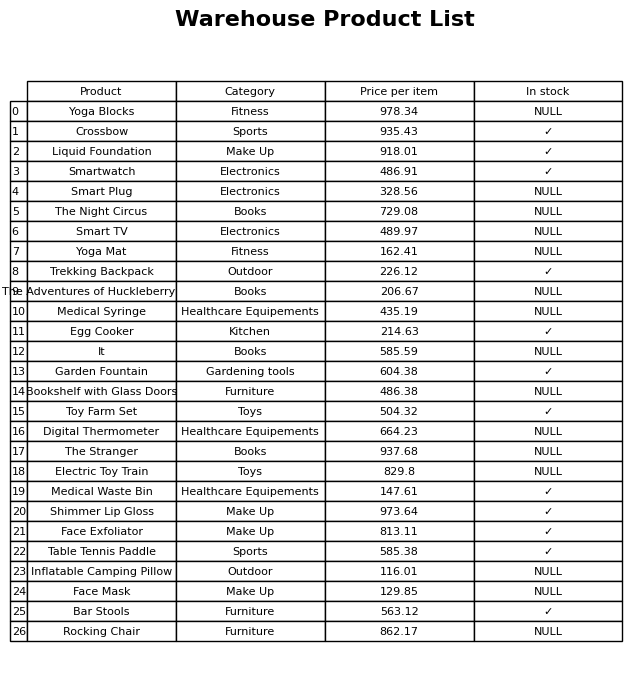
question: Which products are available in stock?
answer: Crossbow, Liquid Foundation, Smartwatch, Trekking Backpack, Egg Cooker, Garden Fountain, Toy Farm Set, Medical Waste Bin, Shimmer Lip Gloss, Face Exfoliator, Table Tennis Paddle, Bar Stools